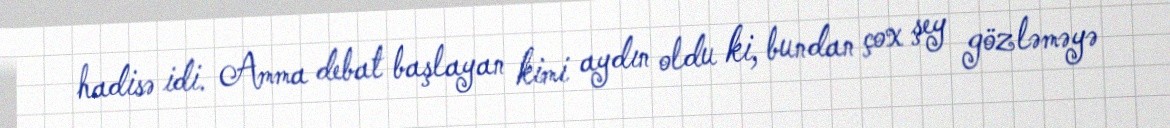
hadisə idi. Amma debat başlayan kimi aydın oldu ki, bundan çox şey gözləməyə